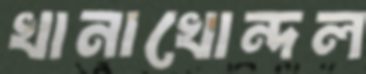
খানাখোন্দল